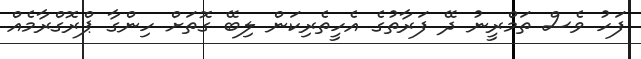
ފަހު ވެސް ތަމްރީނު ދޭ ފަރާތުގެ އެހީތެރިކަން ލިބޭ ގޮތަށް ހިންގާ ޕްރޮގްރާމެއް